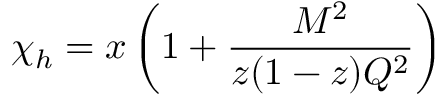
\chi _ { h } = x \left( 1 + \frac { M ^ { 2 } } { z ( 1 - z ) Q ^ { 2 } } \right)